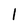
Character: 1